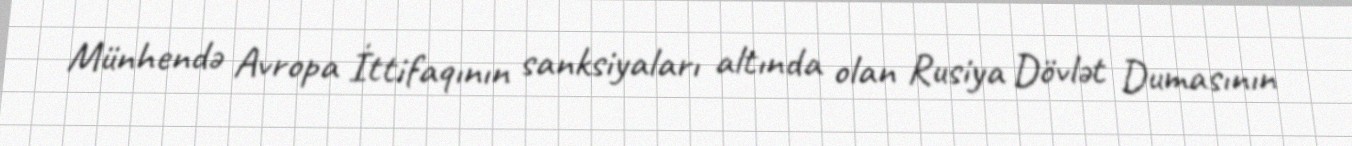
Münhendə Avropa İttifaqının sanksiyaları altında olan Rusiya Dövlət Dumasının